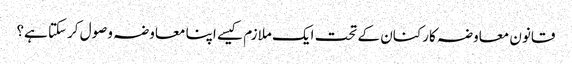
قانون معاوضہ کارکنان کے تحت ایک ملازم کیسے اپنا معاوضہ وصول کرسکتا ہے؟